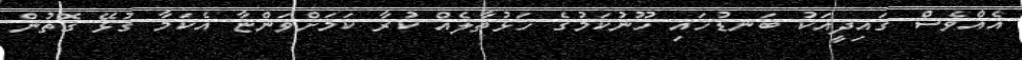
އެއްވެސް ގައިދީއަކު ބަނޑުހައި ހޫނުކަމުގެ ހަޅުތާލެއް ކުރާ ކަމަށްވަންޏާ އެކަމާ ގުޅޭ ގޮތުން